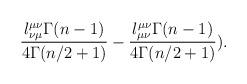
LaTeX: \begin{align*}\frac{l^{\mu\nu}_{\nu\mu}\Gamma(n-1)}{4\Gamma(n/2+1)} -\frac{l^{\mu\nu}_{\mu\nu}\Gamma(n-1)}{4\Gamma(n/2+1)}).\end{align*}